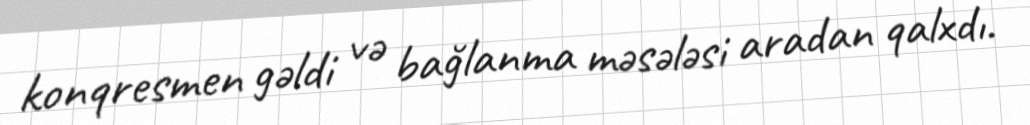
konqresmen gəldi və bağlanma məsələsi aradan qalxdı.